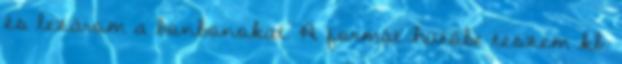
és lezárom a bonbonokat. A formát hűtőbe teszem kb.